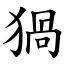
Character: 猧